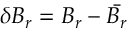
\delta B _ { r } = B _ { r } - \bar { B _ { r } }